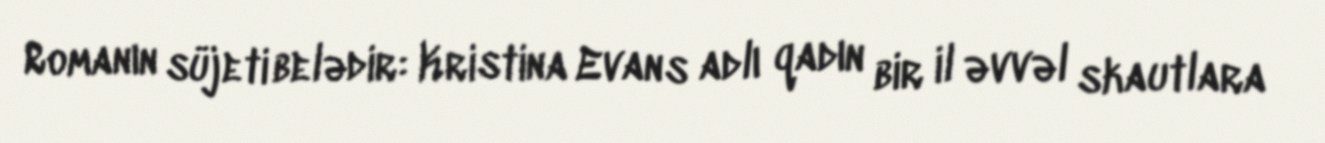
Romanın süjeti belədir: Kristina Evans adlı qadın bir il əvvəl skautlara